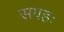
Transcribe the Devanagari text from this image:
सग्रहः